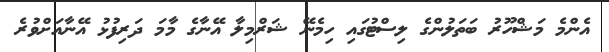
އެންމެ މަޝްހޫރު ބަތަލުންގެ ލިސްޓުގައި ހިމެނޭ ޝަރްމިލާ އޭނާގެ މާމަ ދަރިފުޅު އޭނާއަށްވުރެ